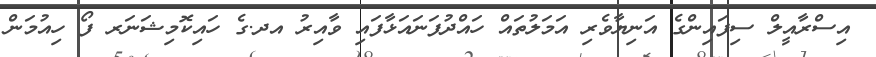
އިސްރާއީލް ސިފައިންގެ އަނިޔާވެރި އަމަލުތައް ހައްދުފަނައަޅާފައި ވާއިރު އދ.ގެ ހައިކޮމިޝަނަރ ފޯ ހިއުމަން